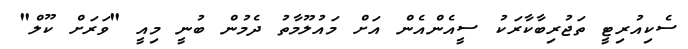
ސެކިއުރިޓީ ތަޖުރިބާކާރަކު ސީއެންއެން އަށް މައުލޫމާތު ދެމުން ބުނީ މިއީ "ވަރަށް ކޫލް"